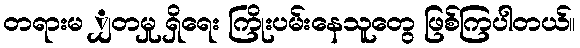
တရားမ ျှတမှု ရှိရေး ကြိုးပမ်းနေသူတွေ ဖြစ်ကြပါတယ်။